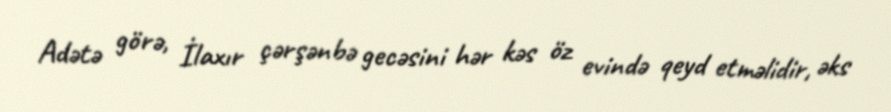
Adətə görə, İlaxır çərşənbə gecəsini hər kəs öz evində qeyd etməlidir, əks